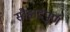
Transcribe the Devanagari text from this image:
सौहार्दपुर्ण